Vaccination in the Punjab 1919-1929 - 1919-1929
Year: 1919
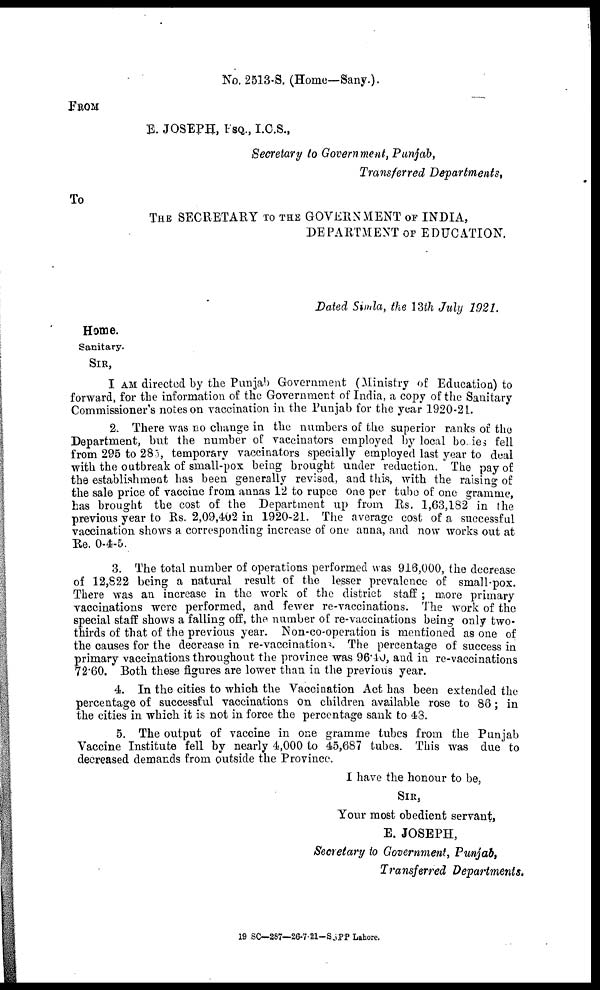
No. 2513-S. (Home—Sany.).
FROM
E. JOSEPH, FSQ., I.C.S.,
Secretary to Government, Punjab,
Transferred Departments,
To
THE SECRETARY TO THE GOVERNMENT OF INDIA,
DEPARTMENT OF EDUCATION.
Dated Simla, the 13th July 1921.
Home.
Sanitary.
SIR,
I AM directed by the Punjab Government (Ministry of Education) to
forward, for the information of the Government of India, a copy of the Sanitary
Commissioner's notes on vaccination in the Punjab for the year 1920-21.
2. There was no change in the numbers of the superior ranks of the
Department, but the number of vaccinators employed by local bodies fell
from 295 to 285, temporary vaccinators specially employed last year to deal
with the outbreak of small-pox being brought under reduction. The pay of
the establishment has been generally revised, and this, with the raising of
the sale price of vaccine from annas 12 to rupee one per tube of one gramme,
has brought the cost of the Department up from Rs. 1,63,182 in the
previous year to Rs. 2,09,402 in 1920-21. The average cost of a successful
vaccination shows a corresponding increase of one anna, and now works out at
Re. 0-4-5.
3. The total number of operations performed was 916,000, the decrease
of 12,822 being a natural result of the lesser prevalence of small-pox.
There was an increase in the work of the district staff ; more primary
vaccinations were performed, and fewer re-vaccinations. The work of the
special staff shows a falling off, the number of re-vaccinations being only two-
thirds of that of the previous year. Non-co-operation is mentioned as one of
the causes for the decrease in re-vaccinations. The percentage of success in
primary vaccinations throughout the province was 96.40, and in re-vaccinations
72.60. Both these figures are lower than in the previous year.
4. In the cities to which the Vaccination Act has been extended the
percentage of successful vaccinations on children available rose to 86; in
the cities in which it is not in force the percentage sank to 43.
5. The output of vaccine in one gramme tubes from the Punjab
Vaccine Institute fell by nearly 4,000 to 45,687 tubes. This was due to
decreased demands from outside the Province.
I have the honour to be,
SIR,
Your most obedient servant,
E. JOSEPH,
Secretary to Government, Punjab,
Transferred Departments.
19 SC—287—26-7-21-SGPP Lahore.